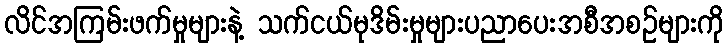
လိင်အကြမ်းဖက်မှုများနဲ့ သက်ငယ်မုဒိမ်းမှုများပညာပေးအစီအစဉ်များကို